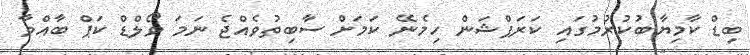
ބިޑް ކާމިޔާބުކުރުމުގައި ކަރަޕްޝަން ހިމެނޭ ކަމަށް ސާބިތުވެއްޖެ ނަމަ ވޯލްޑް ކަޕް ބާއްވާ